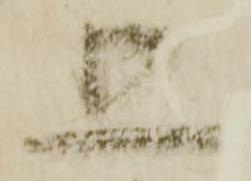
五